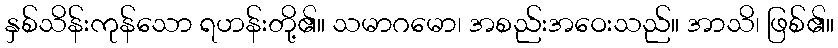
နှစ်သိန်းကုန်သော ရဟန်းတို့၏။ သမာဂမော၊ အစည်းအဝေးသည်။ အာသိ၊ ဖြစ်၏။